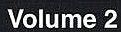
VOLUME 2